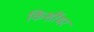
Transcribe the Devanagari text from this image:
किर्शीमर